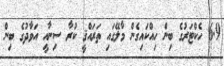
6.9 ހެކްޓަރުގެ ބިން ހިއްކައިގެން މާލޭގައި ތަރައްޤީ ކުރާ ސިނާއީ އަވާދުގެ ބިން